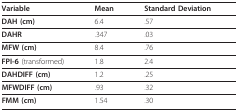
<table><thead><tr><td><b>Variable</b></td><td><b>Mean</b></td><td><b>Standard Deviation</b></td></tr></thead><tbody><tr><td><b>DAH (cm)</b></td><td>6.4</td><td>.57</td></tr><tr><td><b>DAHR</b></td><td>.347</td><td>.03</td></tr><tr><td><b>MFW (cm)</b></td><td>8.4</td><td>.76</td></tr><tr><td><b>FPI-6 </b>(transformed)</td><td>1.8</td><td>2.4</td></tr><tr><td><b>DAHDIFF (cm)</b></td><td>1.2</td><td>.25</td></tr><tr><td><b>MFWDIFF (cm)</b></td><td>.93</td><td>.32</td></tr><tr><td><b>FMM (cm)</b></td><td>1.54</td><td>.30</td></tr></tbody></table>